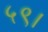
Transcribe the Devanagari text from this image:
५९।